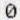
0